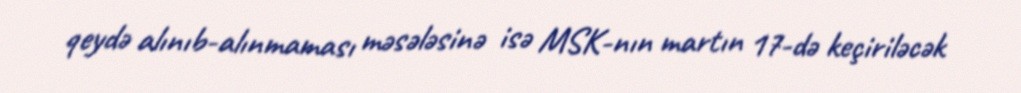
qeydə alınıb-alınmaması məsələsinə isə MSK-nın martın 17-də keçiriləcək